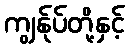
ကျွန်ုပ်တို့နှင့်